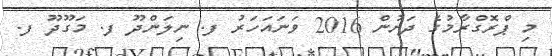
މި ޕްރޮގްރާމުގެ ދަށުން 2016 ވަނައަހަރު ފ. ނިލަންދޫ ފ. މަގޫދޫ ފ.